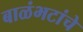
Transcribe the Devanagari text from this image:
बाळंभटांचे